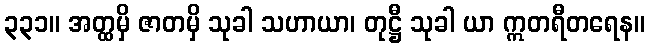
၃၃၁။ အတ္ထမှိ ဇာတမှိ သုခါ သဟာယာ၊ တုဋ္ဌီ သုခါ ယာ ဣတရီတရေန။